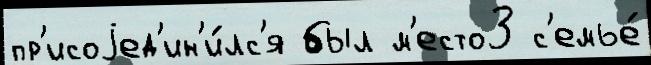
пр'исоjед'ин'и́лс'я был м'есто3 с'емье́